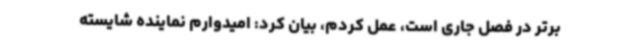
برتر در فصل جاری است، عمل کردم، بیان کرد: امیدوارم نماینده شایسته